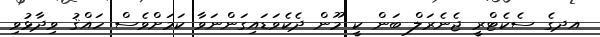
އދގެ ސެކެޓްރީ ޖެނެރަލް ބަން ކީ މޫން ދެކެވަޑައިގަންނަވާ ކަމަށްވެސް ހައްޤު ވިދާޅުވި